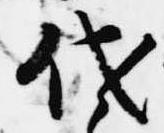
代